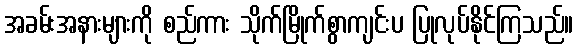
အခမ်းအနားများကို စည်ကား သိုက်မြိုက်စွာကျင်းပ ပြုလုပ်နိုင်ကြသည်။